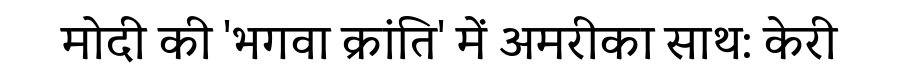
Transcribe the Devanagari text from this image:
मोदी की 'भगवा क्रांति' में अमरीका साथ: केरी